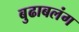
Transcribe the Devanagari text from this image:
बुढाबलंग